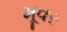
મૂવર